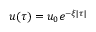
u ( \tau ) = u _ { 0 } e ^ { - \xi | \tau | }